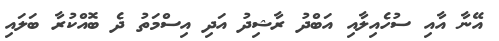
އޭނާ އާއި ސުހެއިލާއި އަބްދު ރާޝިދު އަދި އިސްމަތު ދެ ބޮއްކުރާ ބަލައި